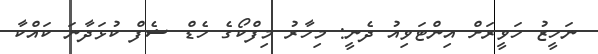
ނަހީޒު ހަވީރަށް އިންޓަވިއު ދެނީ: މިހާރު މިފްކޯގެ ހެޑް ޝެފް ކުޅަދާނަ ކައްކާ